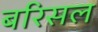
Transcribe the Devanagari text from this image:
बरिसल